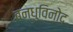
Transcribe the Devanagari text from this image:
बन्धुविनोद